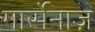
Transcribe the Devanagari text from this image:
गार्सेनाज़